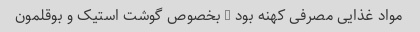
مواد غذایی مصرفی کهنه بود … بخصوص گوشت استیک و بوقلمون